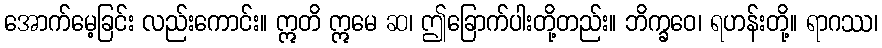
အောက်မေ့ခြင်း လည်းကောင်း။ ဣတိ ဣမေ ဆ၊ ဤခြောက်ပါးတို့တည်း။ ဘိက္ခဝေ၊ ရဟန်းတို့။ ရာဂဿ၊